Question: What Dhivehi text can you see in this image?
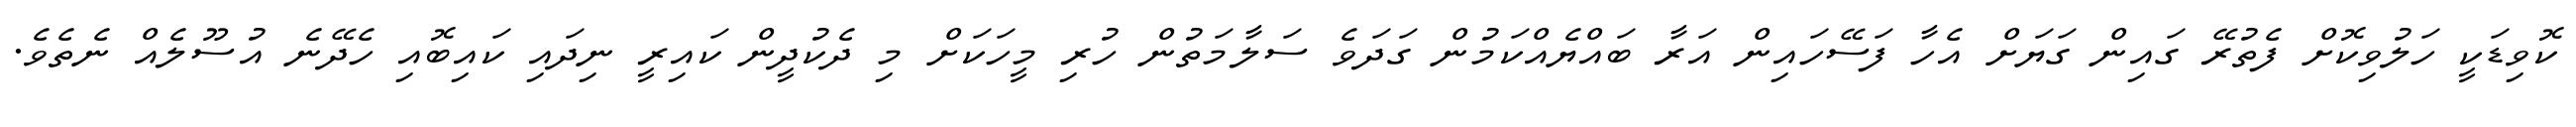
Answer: ކޮވިޑަކީ ހަލުވިކޮށް ފެތުރޭ ގައިން ގަޔަށް އެހާ ފަސޭހައިން އަރާ ބައްޔެއްކަމުން ގަދަވެ ސަލާމަތުން ހުރި މީހަކަށް މި ދެކުދީން ކައިރީ ނިދައި ކައިބޮއި ހެދޭނެ އުސޫލެއް ނެތެވެ.